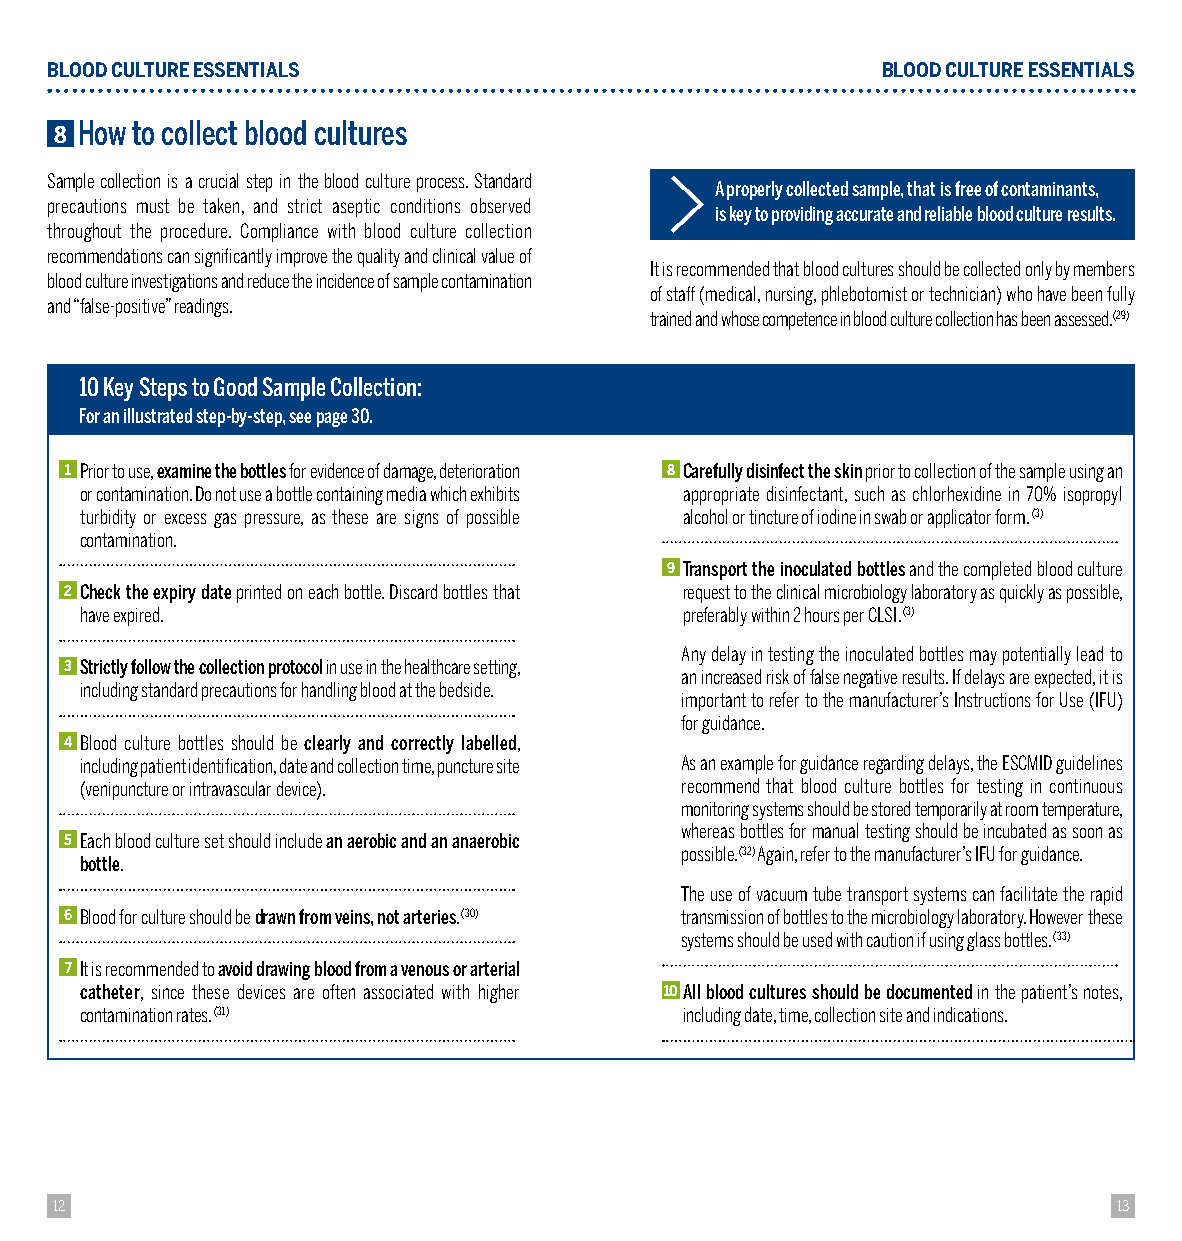
BLOOD CULTURE ESSENTIALS                               BLOOD CULTURE ESSENTIALS
 8 H ow to collect blood cultures
 Sample collection is a crucial step in the blood culture process. Standard
 A properly collected sample, that is free of contaminants,
 precautions must be taken, and strict aseptic conditions observed
 is key to providing accurate and reliable blood culture results.
 throughout the procedure. Compliance with blood culture collection
 recommendations can significantly improve the quality and clinical value of
 It is recommended that blood cultures should be collected only by members
 blood culture investigations and reduce the incidence of sample contamination
 of staff (medical, nursing, phlebotomist or technician) who have been fully
 and “false-positive” readings.
 trained and whose competence in blood culture collection has been assessed. (29)
 10 Key Steps to Good Sample Collection:
 For an illustrated step-by-step, see page 30.
 1 Prior to use, examine the bottles for evidence of damage, deterioration 8 Carefully disinfect the skin prior to collection of the sample using an
 or contamination. Do not use a bottle containing media which exhibits appropriate disinfectant, such as chlorhexidine in 70% isopropyl
 turbidity or excess gas pressure, as these are signs of possible alcohol or tincture of iodine in swab or applicator form. (3)
 contamination.
 9 T ransport the inoculated bottles and the completed blood culture
 2 Check the expiry date printed on each bottle. Discard bottles that request to the clinical microbiology laboratory as quickly as possible,
 have expired.                           preferably within 2 hours per CLSI. (3)
 A ny delay in testing the inoculated bottles may potentially lead to
 3 Strictly follow the collection protocol in use in the healthcare setting,
 an increased risk of false negative results. If delays are expected, it is
 including standard precautions for handling blood at the bedside.
 important to refer to the manufacturer’s Instructions for Use (IFU)
 for guidance.
 4 Blood culture bottles should be clearly and correctly labelled,
 including patient identification, date and collection time, puncture site A s an example for guidance regarding delays, the ESCMID guidelines
 (venipuncture or intravascular device). recommend that blood culture bottles for testing in continuous
 monitoring systems should be stored temporarily at room temperature,
 whereas bottles for manual testing should be incubated as soon as
 5 Each blood culture set should include an aerobic and an anaerobic
 possible. (32) Again, refer to the manufacturer’s IFU for guidance.
 bottle.
 T he use of vacuum tube transport systems can facilitate the rapid
 6 Blood for culture should be drawn from veins, not arteries. (30) transmission of bottles to the microbiology laboratory. However these
 systems should be used with caution if using glass bottles. (33)
 7 It is recommended to avoid drawing blood from a venous or arterial
 catheter, since these devices are often associated with higher 10 A ll blood cultures should be documented in the patient’s notes,
 contamination rates. (31)               including date, time, collection site and indications.
 12                                                                    13